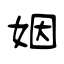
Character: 姻